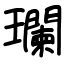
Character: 瓓